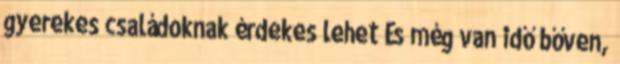
gyerekes családoknak érdekes lehet És még van idő bőven,